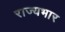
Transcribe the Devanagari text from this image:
राज्‍यभार